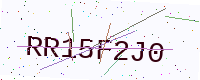
Text: RR15F2J0